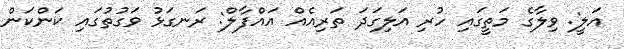
އަލީ: ވިލާގެ މަތީގައި ހުރި އަލިގަދަ ތަރިއެއް އައްފާލް: ރަނގަޅު ވަގުތުގައި ކަންކަން